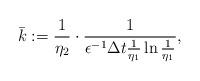
LaTeX: \begin{align*}\bar{k}:= \frac{1}{\eta_2}\cdot\frac{1}{\epsilon^{-1}\Delta t\frac{1}{\eta_1}\ln\frac{1}{\eta_1}},\end{align*}